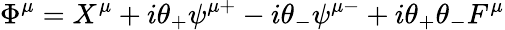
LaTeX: \Phi^{\mu}=X^{\mu}+i\theta_{+}\psi^{\mu+}-i\theta_{-}\psi^{\mu-}+i\theta_{+}\theta_{-}F^{\mu}